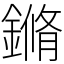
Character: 鏅